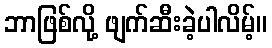
ဘာဖြစ်လို့ ဖျက်ဆီးခဲ့ပါလိမ့်။